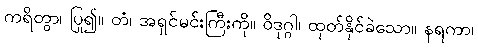
ကရိတွာ၊ ပြု၍။ တံ၊ အရှင်မင်းကြီးကို။ ဝိဒုဂ္ဂါ၊ ထုတ်နိုင်ခဲသော။ နရကာ၊